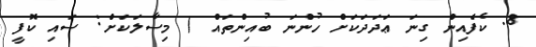
8. ކެފެއިން ގިނަ ޢަދަދަކަށް ހުންނަ ބުއިންތައް ( މިސާލަކަށް: ސައި ކޮފީ